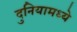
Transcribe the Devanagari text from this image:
दुनियामध्ये